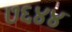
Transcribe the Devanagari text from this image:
७६४४